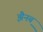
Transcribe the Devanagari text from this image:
झैनब़